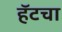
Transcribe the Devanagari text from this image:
हॅटचा